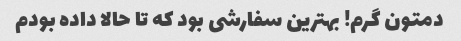
دمتون گرم! بهترین سفارشی بود که تا حالا داده بودم